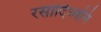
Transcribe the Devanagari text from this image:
रसादिध्वनि